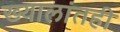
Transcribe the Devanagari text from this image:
ख्यालांतही